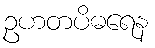
ဥဟတပိဓရေန